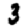
Digit: 3